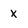
Character: X